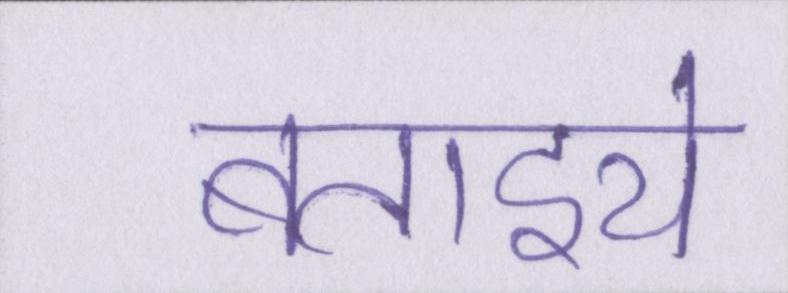
बताइये